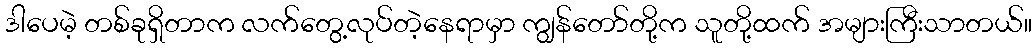
ဒါပေမဲ့ တစ်ခုရှိတာက လက်တွေ့လုပ်တဲ့နေရာမှာ ကျွန်တော်တို့က သူတို့ထက် အများကြီးသာတယ်။